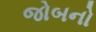
જોબનો